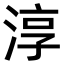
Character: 淳